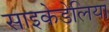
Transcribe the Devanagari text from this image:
साइकेडेलिया